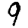
Digit: 9